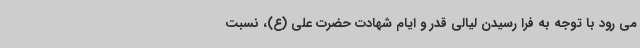
می رود با توجه به فرا رسیدن لیالی قدر و ایام شهادت حضرت علی (ع)، نسبت